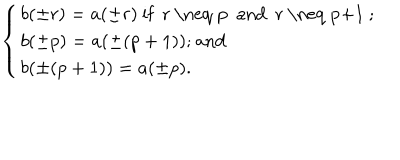
\left\{ \begin{array} { l } { { b ( \pm r ) = a ( \pm r ) \mathrm { ~ i f ~ r ~ \neq ~ p ~ a n d ~ r ~ \neq ~ p + 1 ~ ; } } } \\ { { b ( \pm p ) = a ( \pm ( p + 1 ) ) \mathrm { ; ~ a n d } } } \\ { { b ( \pm ( p + 1 ) ) = a ( \pm p ) . } } \\ \end{array} \right.